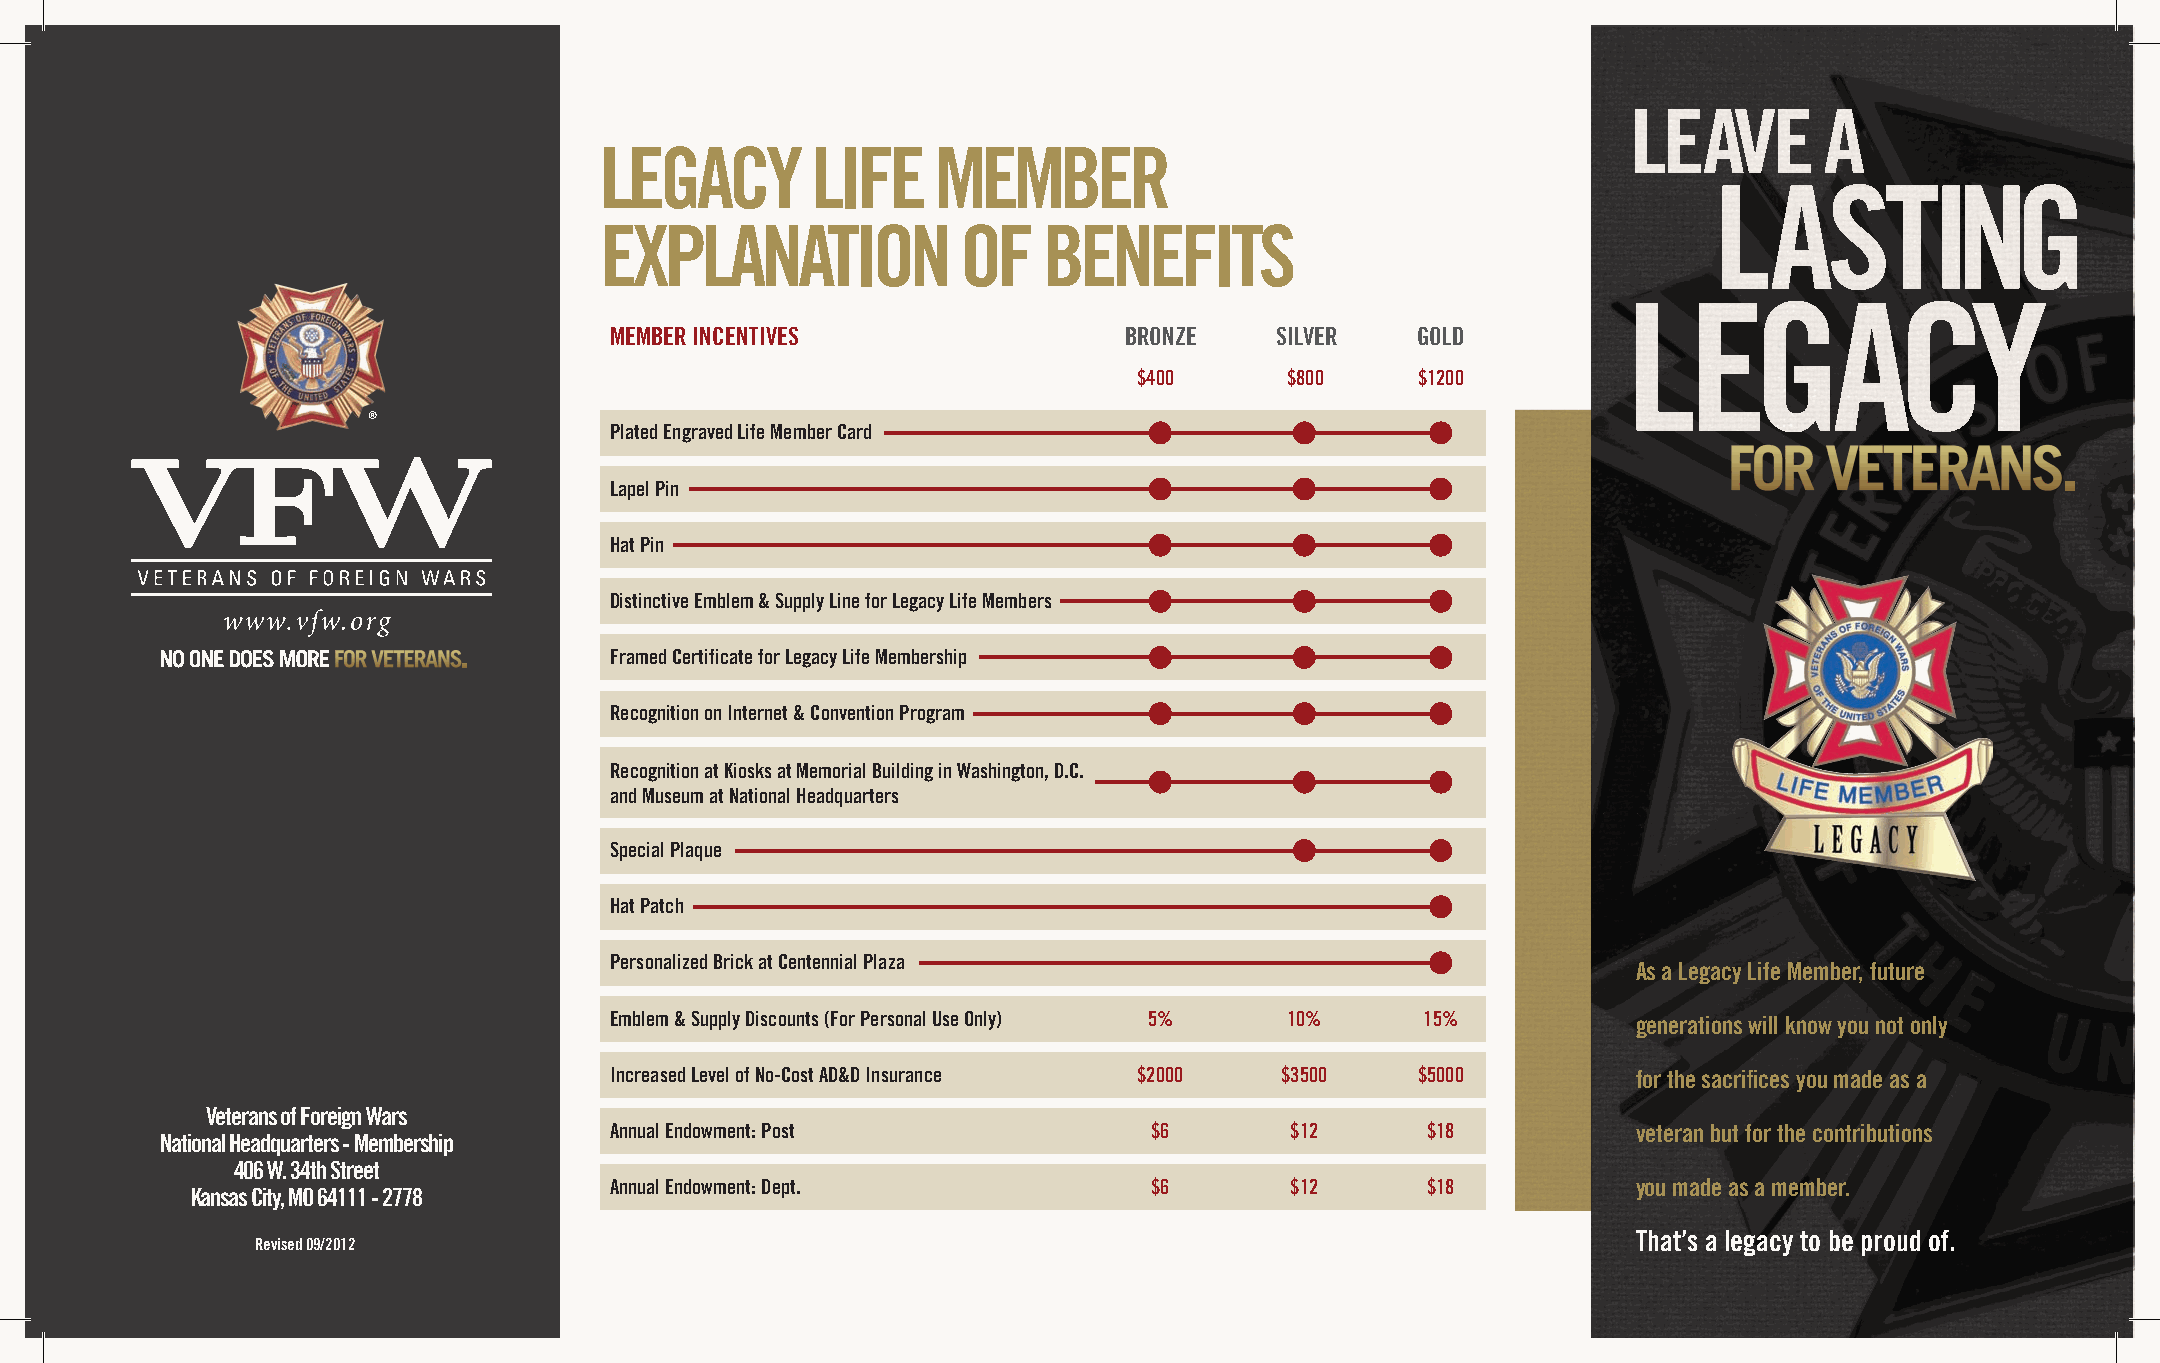
LEGACY        LIFE    MEMBER
 EXPLANATION             OF   BENEFITS
 MEMBER INCENTIVES                 BRONZE    SILVER    GOLD
 $400      $800     $1200
 Plated Engraved Life Member Card
 Lapel Pin
 Hat Pin
 Distinctive Emblem & Supply Line for Legacy Life Members
 Framed Certificate for Legacy Life Membership
 Recognition on Internet & Convention Program
 Recognition at Kiosks at Memorial Building in Washington, D.C.
 and Museum at National Headquarters
 Special Plaque
 Hat Patch
 Personalized Brick at Centennial Plaza
 As a Legacy Life Member, future
 Emblem & Supply Discounts (For Personal Use Only) 5% 10% 15%        generations will know you not only
 Increased Level of No-Cost AD&D Insurance $2000 $3500 $5000         for the sacrifices you made as a
 Veterans of Foreign Wars
 Annual Endowment: Post              $6       $12      $18           veteran but for the contributions
 National Headquarters - Membership
 406 W. 34th Street
 Annual Endowment: Dept.             $6       $12      $18           you made as a member.
 Kansas City, MO 64111 - 2778
 That’s a legacy to be proud of.
 Revised 09/2012